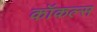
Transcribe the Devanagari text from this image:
कॉकल्स